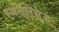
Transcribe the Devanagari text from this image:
स्कोलिसेज़